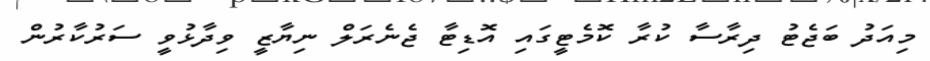
މިއަދު ބަޖެޓު ދިރާސާ ކުރާ ކޮމެޓީގައި އޮޑިޓާ ޖެނެރަލް ނިޔާޒީ ވިދާޅުވީ ސަރުކާރުން